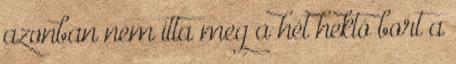
azonban nem itta meg a hét hektó bort a